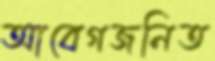
আবেগজনিত